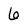
Character: 6